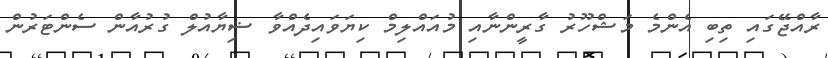
ރާއްޖޭގައި ތިބި އެންމެ މަޝްހޫރު ގާރީންނާއި މުއައްލިމް ކިޔަވައިދެއްވާ ޟިޔާއުލް ގުރުއާން ސެންޓަރުން